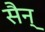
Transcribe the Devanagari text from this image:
सैन्